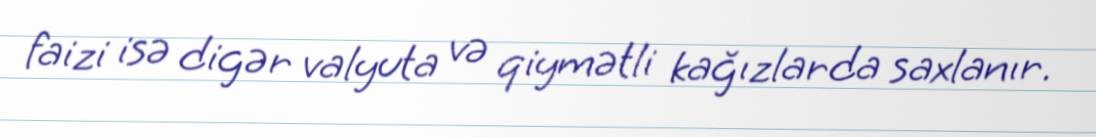
faizi isə digər valyuta və qiymətli kağızlarda saxlanır.